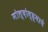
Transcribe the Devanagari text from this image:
मोल्दोव्ह्याचे